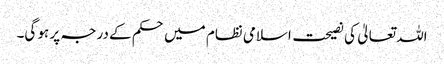
اللہ تعالیٰ کی نصیحت اسلامی نظام میں حکم کے درجہ پر ہو گی۔